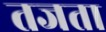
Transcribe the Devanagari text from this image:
तजता